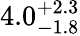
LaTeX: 4.0_{-1.8}^{+2.3}